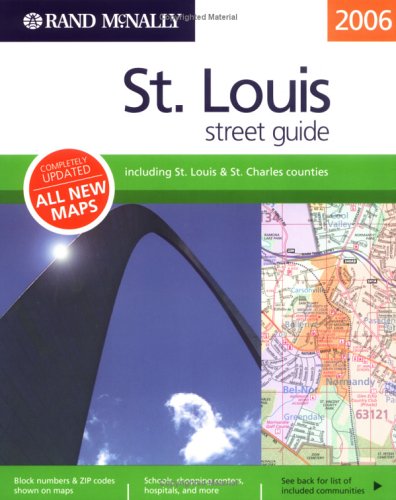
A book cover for Rand McNally 2006 St. Louis Street Guide (Rand McNally Streetfinder); Rand McNally and Company; Travel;